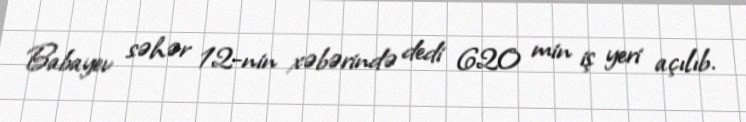
Babayev səhər 12-nin xəbərində dedi 620 min iş yeri açılıb.